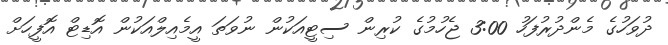
ދުވަހުގެ މެންދުރުފަހު 3:00 ޖެހުމުގެ ކުރިން ސިޓީއަކުން ނުވަތަ އީމެއިލްއަކުން އޮޑިޓް އޮފީހަށް